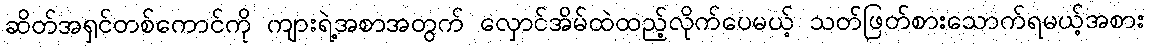
ဆိတ်အရှင်တစ်ကောင်ကို ကျားရဲ့အစာအတွက် လှောင်အိမ်ထဲထည့်လိုက်ပေမယ့် သတ်ဖြတ်စားသောက်ရမယ့်အစား